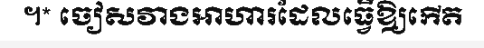
។* ចៀសវាងអាហារដែលធ្វើឱ្យកើត